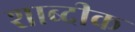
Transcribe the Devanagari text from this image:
शाब्दीक